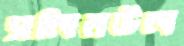
সলিমউল